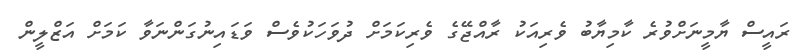
ރައީސް ޔާމީނަށްވުރެ ކާމިޔާބު ވެރިއަކު ރާއްޖޭގެ ވެރިކަމަށް ދުވަހަކުވެސް ވަޑައިނުގަންނަވާ ކަމަށް އަޒްލީން